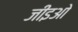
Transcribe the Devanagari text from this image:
जीइओ